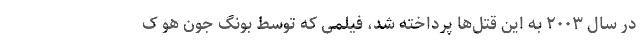
در سال ۲۰۰۳ به این قتل‌ها پرداخته شد، فیلمی که توسط بونگ جون هو ک